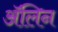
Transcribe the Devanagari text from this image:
ॲलिन